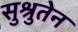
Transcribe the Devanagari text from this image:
सुश्रुतेन